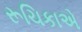
રૂચિકાએ